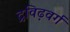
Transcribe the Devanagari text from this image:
द्रविढ़वर्ग